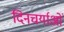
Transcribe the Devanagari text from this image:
दिनचर्याओं